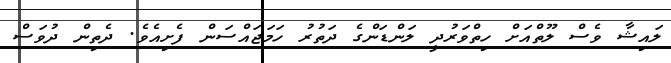
ލައިޝާ ވެސް ލޫތްއަށް ހިތްވަރުދީ ލަންޑަންގެ ދަތުރު ހަމަޖައްސަން ފެށިއެވެ. ދެތިން ދުވަސް